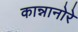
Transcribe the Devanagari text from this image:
कान्नानोरे